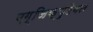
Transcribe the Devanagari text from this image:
एग्जिक्यूटेबल